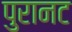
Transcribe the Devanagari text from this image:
पुरानट